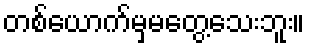
တစ်ယောက်မှမတွေ့သေးဘူး။